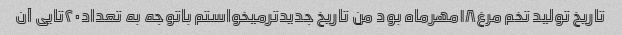
تاریخ تولید تخم مرغ۱۸مهرماه بود من تاریخ جدیدترمیخواستم باتوجه به تعداد۲۰تایی آن